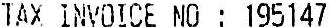
TAX INVOICE NO : 195147